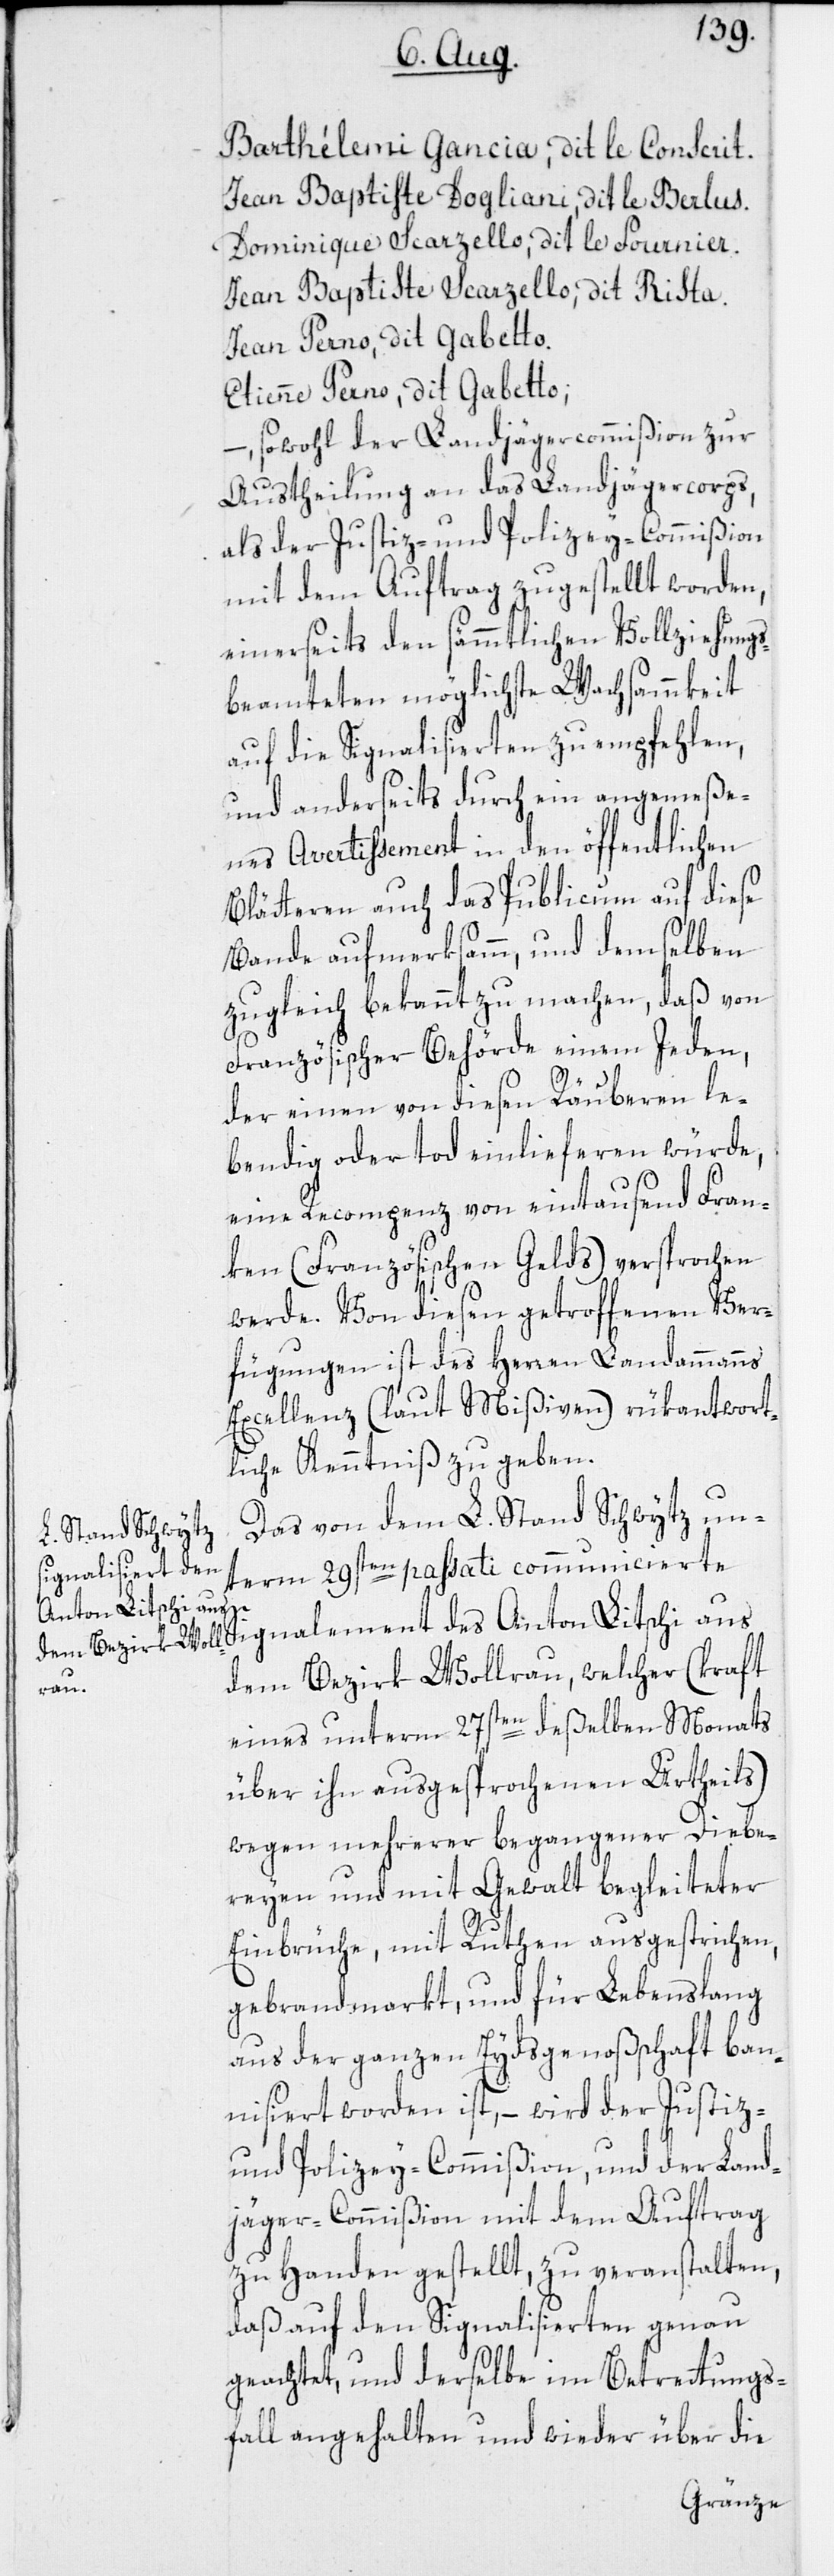
Barthélemi Gancia, dit le Conscrit.
Jean Baptiste Dogliani, dit le Berlus.
Dominique Scarzello, dit le Fournier.
Jean Baptiste Scarzello, dit Rista.
Jean Perno, dit Gabetto.
Etienne Perno, dit Gabetto;
sowohl der Landjägercommißion zur
Austheilung an das Landjägercorps,
als der Justiz- und Polizey-Commißion
mit dem Auftrag zugestellt worden,
einerseits den sämmtlichen Vollziehung¬
beamteten möglichste Wachsammkeit
auf die Signalisierten zu empfehlen,
und anderseits durch ein angemeße¬
nes Avertissement in den öffentlichen
Blätteren auch das Publicum auf diese
Bande aufmerksamm, und demselben
zugleich bekannt zu machen, daß von
Französischer Behörde einem Jeden,
der einen von diesen Räuberen le¬
bendig oder tod einlieferen würde,
eine Recompenz von eintausend Fran¬
ken (Französisches Gelds) versprochen
werde. Von diesen getroffenen Ver¬
fügungen ist des Herren Landammanns
Excellenz (laut Mißiven) rükantwort¬
liche Kenntniß zu geben.
Das von dem L. Stand Schwytz un¬
term 29sten passati communicierte
des
Anton Litschi aus
dem Bezirk Wollrau, welcher (kraft
eines unterm 27sten deßelben Monats
über ihn ausgesprochenen Urtheils)
wegen mehrerer begangener Diebe¬
reyen und mit Gewalt begleiteter
Einbrüche, mit Ruthen ausgestrichen,
gebrandmarkt, und für Lebenslang
aus der ganzen Eydsgenoßschaft ban¬
nisiert worden ist, – wird der Justiz-
s¬
und Polizey-Commißion, und der Land¬
jäger-Commißion mit dem Auftrag
zu Handen gestellt, zu veranstalten,
daß auf den Signalisierten genau
geachtet, und derselbe im Betrettungs¬
fall angehalten und wieder über die